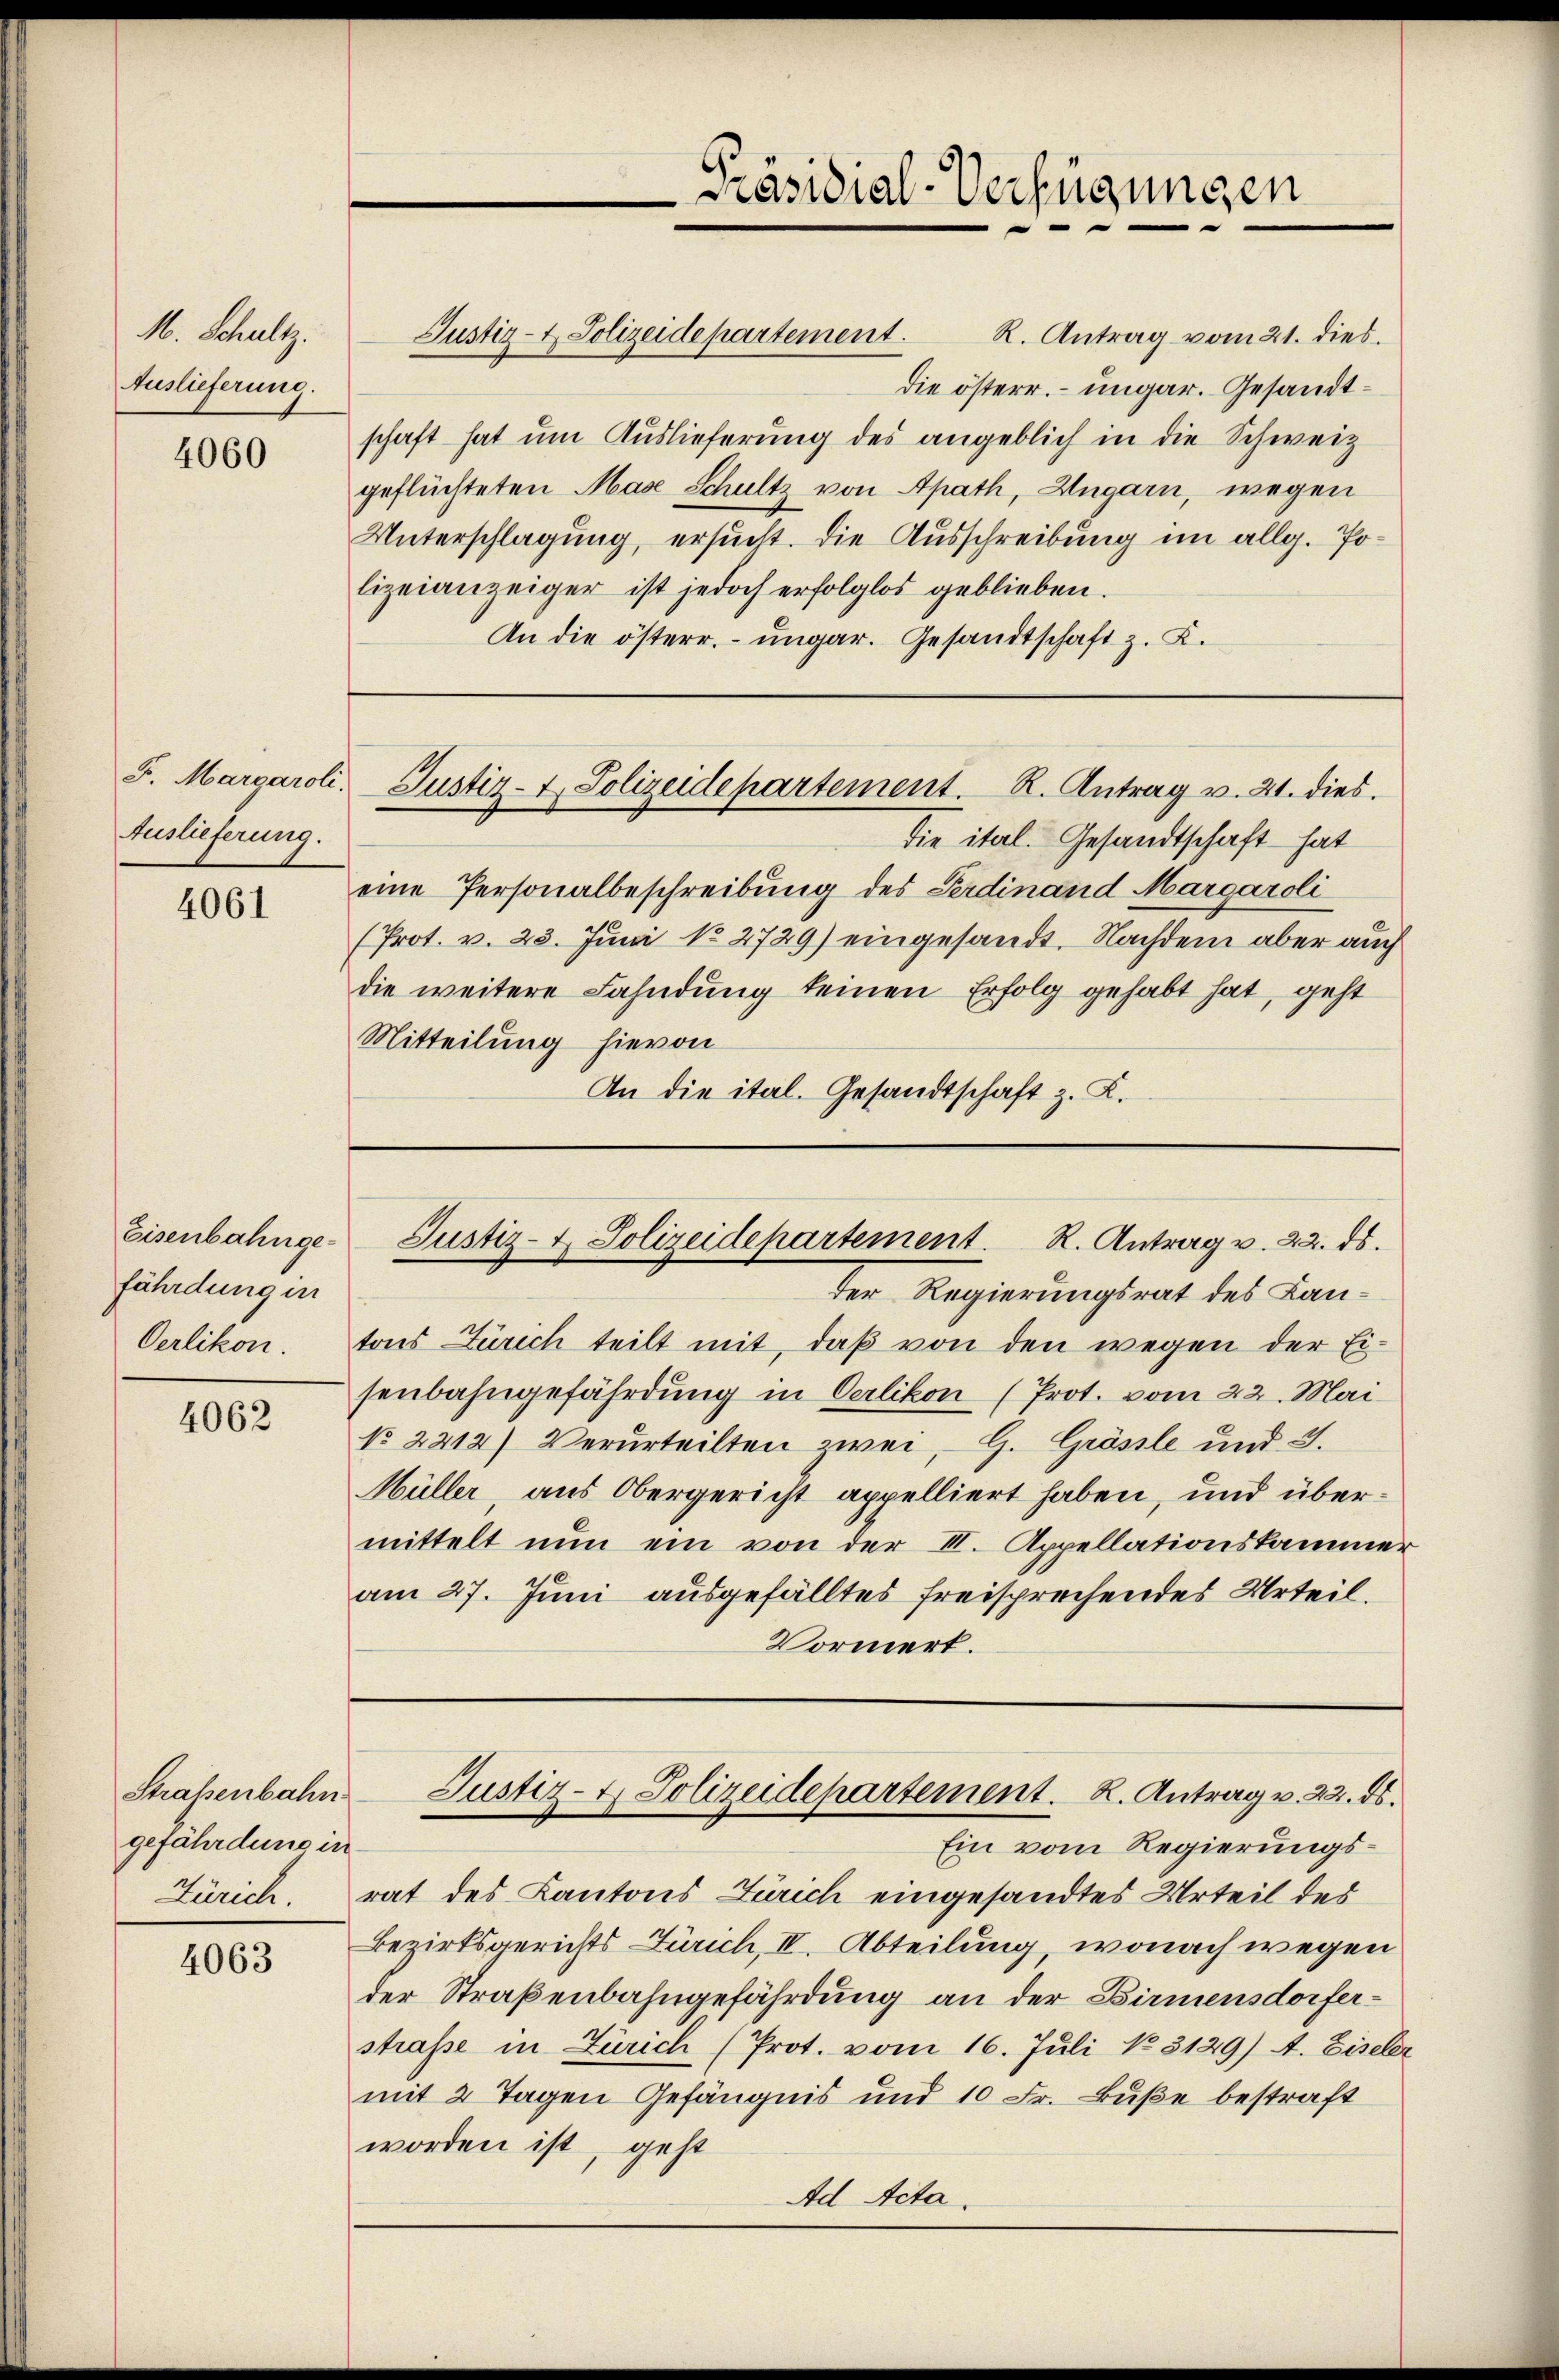
M. Schultz.
Auslieferung.

4060

F. Margaroli.
Auslieferung.

4061

Eisenbahngefährdung in
Oerlikon.

4062

Straßenbahn
gefährdung in

4063

Justiz- & Polizeidepartement. R. Antrag vom 21. dies
schaft hat um Auslieferung des angeblich in die Schweiz
geflüchteten Mase Schultz von Apath, Ungarn, wegen
Unterschlagung, ersucht. Die Ausschreibung im allg. Polizeianzeiger ist jedoch erfolglos geblieben.
An die österr. ungar. Gesandtschaft z. K.

die österr. – ungar. Gesandt¬

Justiz- & Polizeidepartement. R. Antrag v. 21. dies

Präsidial-Verfügungen
d

die ital. Gesandtschaft hat
eine Personalbeschreibung des Ferdinand Margaroli
(Prot. v. 25. Jŭni No 2729) eingesandt. Nachdem aber auch
die weitere Fahndung keinen Erfolg gehabt hat, geht
Mitteilung hievon
An die ital. Gesandtschaft z. K.

der Regierungsrat des Lantons Zürich teilt mit, daß von den wegen der Eisenbahngefährdung in Oerlikon (Prot. vom 22. Mai
No. 2212) Verurteilten zwei, G. Grässle und d.
Müller aus Obergericht appelliert haben, und übermittelt nun ein von der III. Appellationskammer
am 27. Juni ausgefälltes freisprechendes Urteil.
Vormerk.

Justiz- & Polizeidepartement. R. Antrag v. 22. ds.

Ein vom Regierungs¬
Zürich, rat des Kantons Zürich eingesandtes Urteil des
Bezirksgerichts Zürich, IV. Abteilung, wonach wegen
der Straßenbahngefährdung an der Birmensdorferstrafe in Zürich (Prot. vom 16. Juli No 3129) A. Eiseler
mit 2 Tagen Gefängnis und 10 Fr. Buße bestraft
worden ist, geht
Ad Acta.

Justiz- & Polizeidepartement. K. Antrag v. 22. ds.